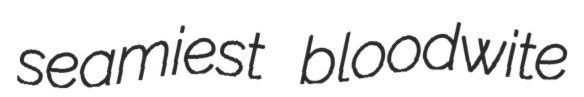
seamiest bloodwite